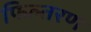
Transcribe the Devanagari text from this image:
फिल्तरण